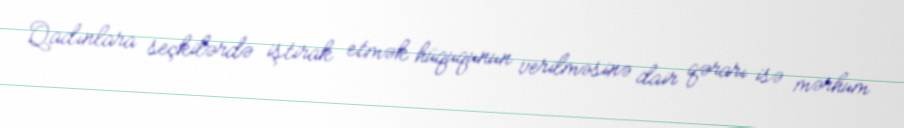
Qadınlara seçkilərdə iştirak etmək hüququnun verilməsinə dair qərarı isə mərhum